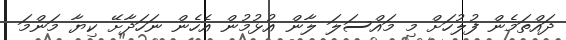
ދައްތަމެން ފުލުހަށް މި މައްސަލަ ލާން އުޅުމުން އެހެން ނަހަދާށޭ ކިޔާ މަންމަ